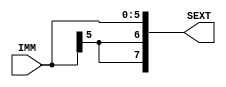
module signExtend(IMM,SEXT);
	input [5:0] IMM;
	output [7:0] SEXT;
	
	assign SEXT={IMM[5], IMM[5], IMM[5:0]};

endmodule